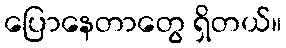
ပြောနေတာတွေ ရှိတယ်။